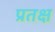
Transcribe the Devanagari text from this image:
प्रतक्ष